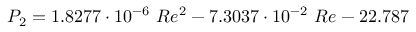
P _ { 2 } = 1 . 8 2 7 7 \cdot 1 0 ^ { - 6 } \ R e ^ { 2 } - 7 . 3 0 3 7 \cdot 1 0 ^ { - 2 } \ R e - 2 2 . 7 8 7